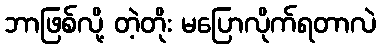
ဘာဖြစ်လို့ တဲ့တိုး မပြောလိုက်ရတာလဲ